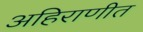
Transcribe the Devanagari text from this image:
अहिराणीत